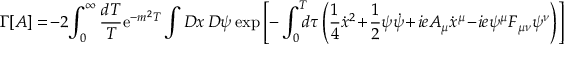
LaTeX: \Gamma \lbrack A \rbrack = \! - 2 \! \int _ { 0 } ^ { \infty } { \frac { d T } { T } } \mathrm { e } ^ { - m ^ { 2 } T } \int { \cal D } x \, { \cal D } \psi \, \mathrm { e x p } \left[ - \int _ { 0 } ^ { T } \! \! \! d \tau \left( { \frac { 1 } { 4 } } { \dot { x } } ^ { 2 } \! + \! { \frac { 1 } { 2 } } \psi \dot { \psi } \! + \! i e A _ { \mu } \dot { x } ^ { \mu } \! - \! i e \psi ^ { \mu } F _ { \mu \nu } \psi ^ { \nu } \right) \right] \nonumber \,